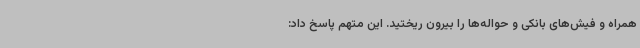
همراه و فیش‌های بانکی و حواله‌ها را بیرون ریختید. این متهم پاسخ داد: